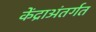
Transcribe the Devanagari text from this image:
केंद्राअंतर्गत